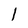
Character: 1